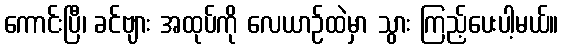
ကောင်းပြီ၊ ခင်ဗျား အထုပ်ကို လေယာဉ်ထဲမှာ သွား ကြည့်ပေးပါ့မယ်။